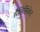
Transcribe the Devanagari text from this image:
सैलिसिकेट